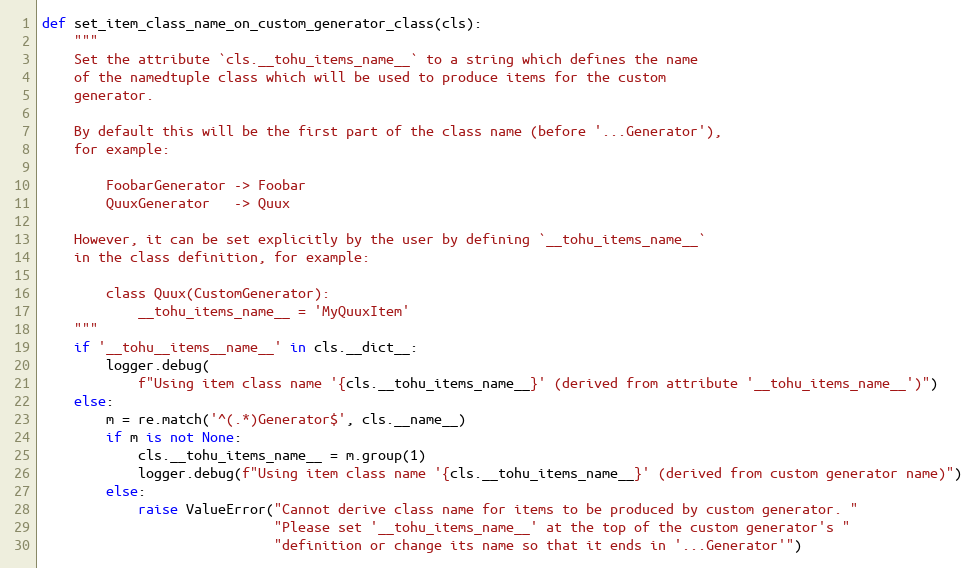
Language: Python
def set_item_class_name_on_custom_generator_class(cls):
    """
    Set the attribute `cls.__tohu_items_name__` to a string which defines the name
    of the namedtuple class which will be used to produce items for the custom
    generator.

    By default this will be the first part of the class name (before '...Generator'),
    for example:

        FoobarGenerator -> Foobar
        QuuxGenerator   -> Quux

    However, it can be set explicitly by the user by defining `__tohu_items_name__`
    in the class definition, for example:

        class Quux(CustomGenerator):
            __tohu_items_name__ = 'MyQuuxItem'
    """
    if '__tohu__items__name__' in cls.__dict__:
        logger.debug(
            f"Using item class name '{cls.__tohu_items_name__}' (derived from attribute '__tohu_items_name__')")
    else:
        m = re.match('^(.*)Generator$', cls.__name__)
        if m is not None:
            cls.__tohu_items_name__ = m.group(1)
            logger.debug(f"Using item class name '{cls.__tohu_items_name__}' (derived from custom generator name)")
        else:
            raise ValueError("Cannot derive class name for items to be produced by custom generator. "
                             "Please set '__tohu_items_name__' at the top of the custom generator's "
                             "definition or change its name so that it ends in '...Generator'")